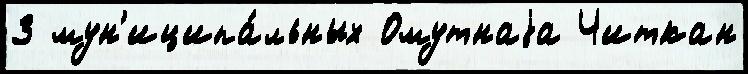
3 мун'иципа́льных Омутнаjа Читкан